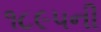
૧૮૯૫ની